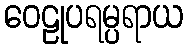
ဝေဠုပရမ္ပရာယ